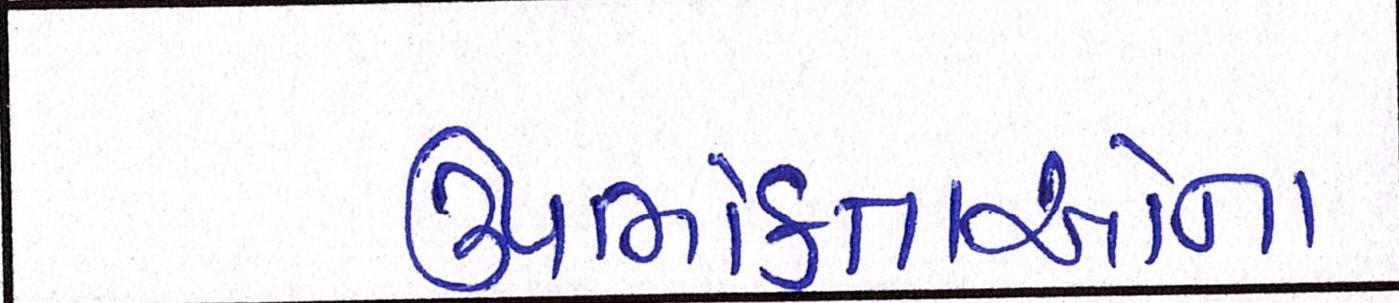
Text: ઉપભોક્તાઓના